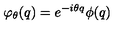
\varphi _ { \theta } ( q ) = e ^ { - i \theta q } \phi ( q )